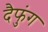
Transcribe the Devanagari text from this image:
दैफुंग